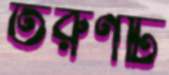
তরুণটি